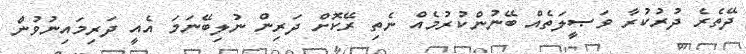
ދޭތެރެ ދުރުކުރާ ވަޞީލަތެއް ބޭނުންކުރުމެއް ނެތި ރޭކޮށް ދަރިން ނުލިބޭނަމަ އެއީ ދަރިމައިނުވުން